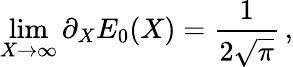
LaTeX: \operatorname*{lim}_{X\rightarrow\infty}\partial_{X}E_{0}(X)={\frac{1}{2\sqrt{\pi}}}\, ,